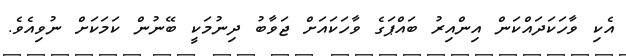
އެކި ވާހަކަދައްކަން އިންއިރު ބައްޕަގެ ވާހަކައަށް ޖަވާބު ދިނުމަކީ ބޭނުން ކަމަކަށް ނުވިއެވެ.